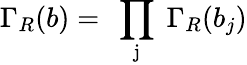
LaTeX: \Gamma_{R}(b)=\mathrm{~\prod_{j}~}\Gamma_{R}(b_{j})